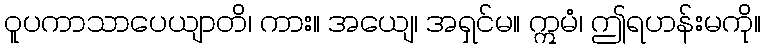
ဝူပကာသာပေယျာတိ၊ ကား။ အယျေ၊ အရှင်မ။ ဣမံ၊ ဤရဟန်းမကို။